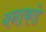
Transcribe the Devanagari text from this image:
बनाकडे